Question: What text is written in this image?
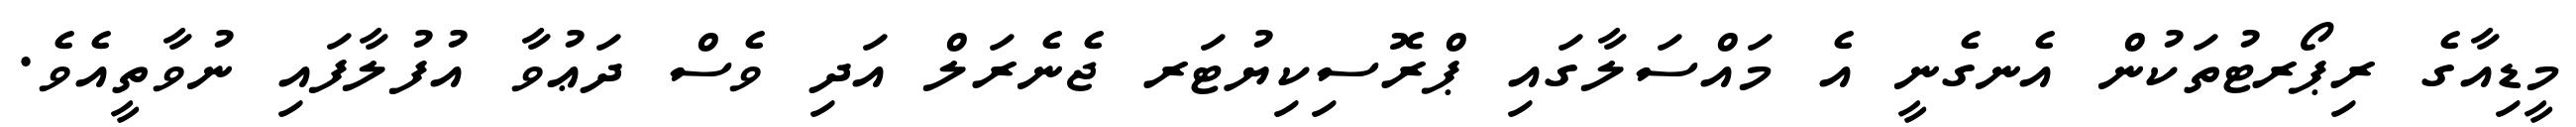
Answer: މީޑިއާގެ ރިޕޯރޓުތަކުން އެނގެނީ އެ މައްސަލާގައި ޕްރޮސިކިޔުޓަރ ޖެނެރަލް އަދި ވެސް ދަޢުވާ އުފުލާފައި ނުވާތީއެވެ.